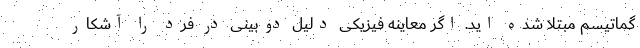
گماتیسم مبتلا شده اید. اگر معاینه فیزیکی دلیل دوبینی در فرد را آشکار